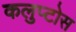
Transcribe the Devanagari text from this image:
कलुप्टोस